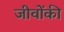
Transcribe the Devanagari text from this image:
जीवोंकी